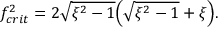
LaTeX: f _ { c r i t } ^ { 2 } = 2 \sqrt { \xi ^ { 2 } - 1 } \Bigl ( \sqrt { \xi ^ { 2 } - 1 } + \xi \Bigr ) .